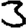
Digit: 3